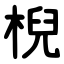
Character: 棿